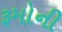
રૂમોની